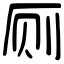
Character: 厕